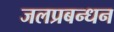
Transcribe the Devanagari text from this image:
जलप्रबन्धन